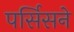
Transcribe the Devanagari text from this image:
पर्सिसने